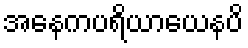
အနေကပရိယာယေနပိ